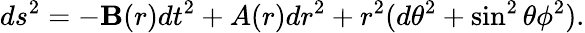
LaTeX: d{s}^{2}=-\mathbf{B}(r)d{t}^{2}+A(r)dr^{2}+r^{2}(d\theta^{2}+\sin^{2}\theta\phi^{2}).